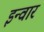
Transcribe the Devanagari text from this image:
इन्वार